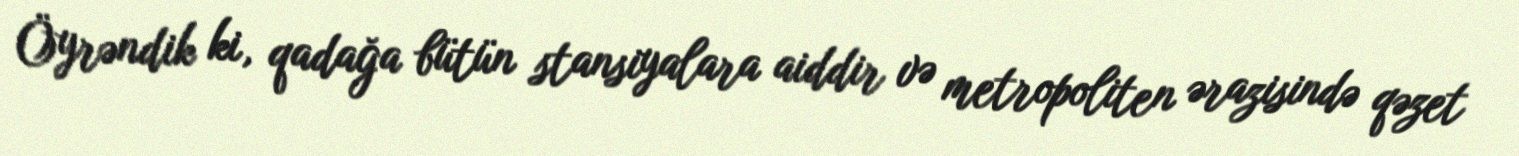
Öyrəndik ki, qadağa bütün stansiyalara aiddir və metropoliten ərazisində qəzet